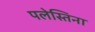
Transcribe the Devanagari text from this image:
पलेस्तिना